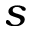
s